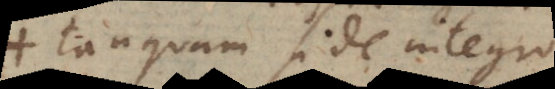
tanquam si de integro